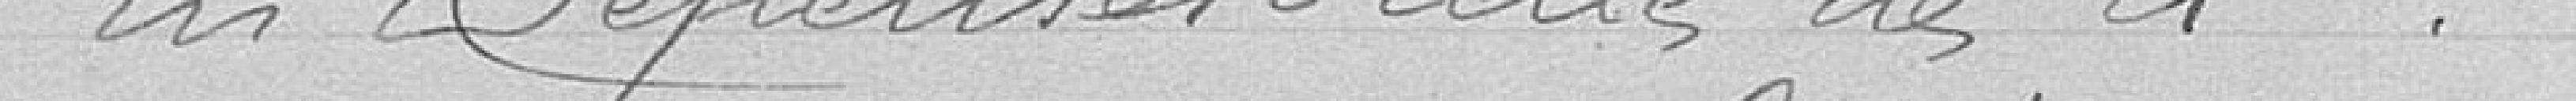
les dépenses à celle de ci...